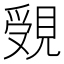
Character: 𧡓